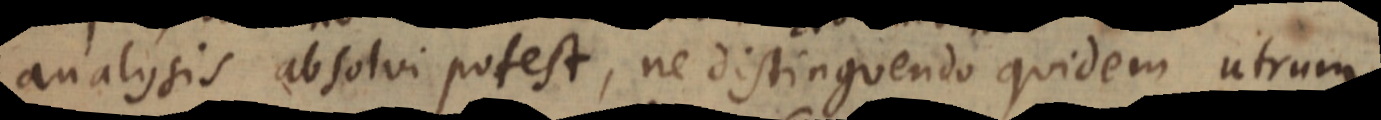
analysis absolvi potest, ne distinguendo quidem utrum